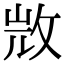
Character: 𢼸